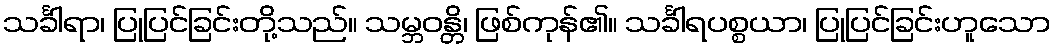
သင်္ခါရာ၊ ပြုပြင်ခြင်းတို့သည်။ သမ္ဘဝန္တိ၊ ဖြစ်ကုန်၏။ သင်္ခါရပစ္စယာ၊ ပြုပြင်ခြင်းဟူသော